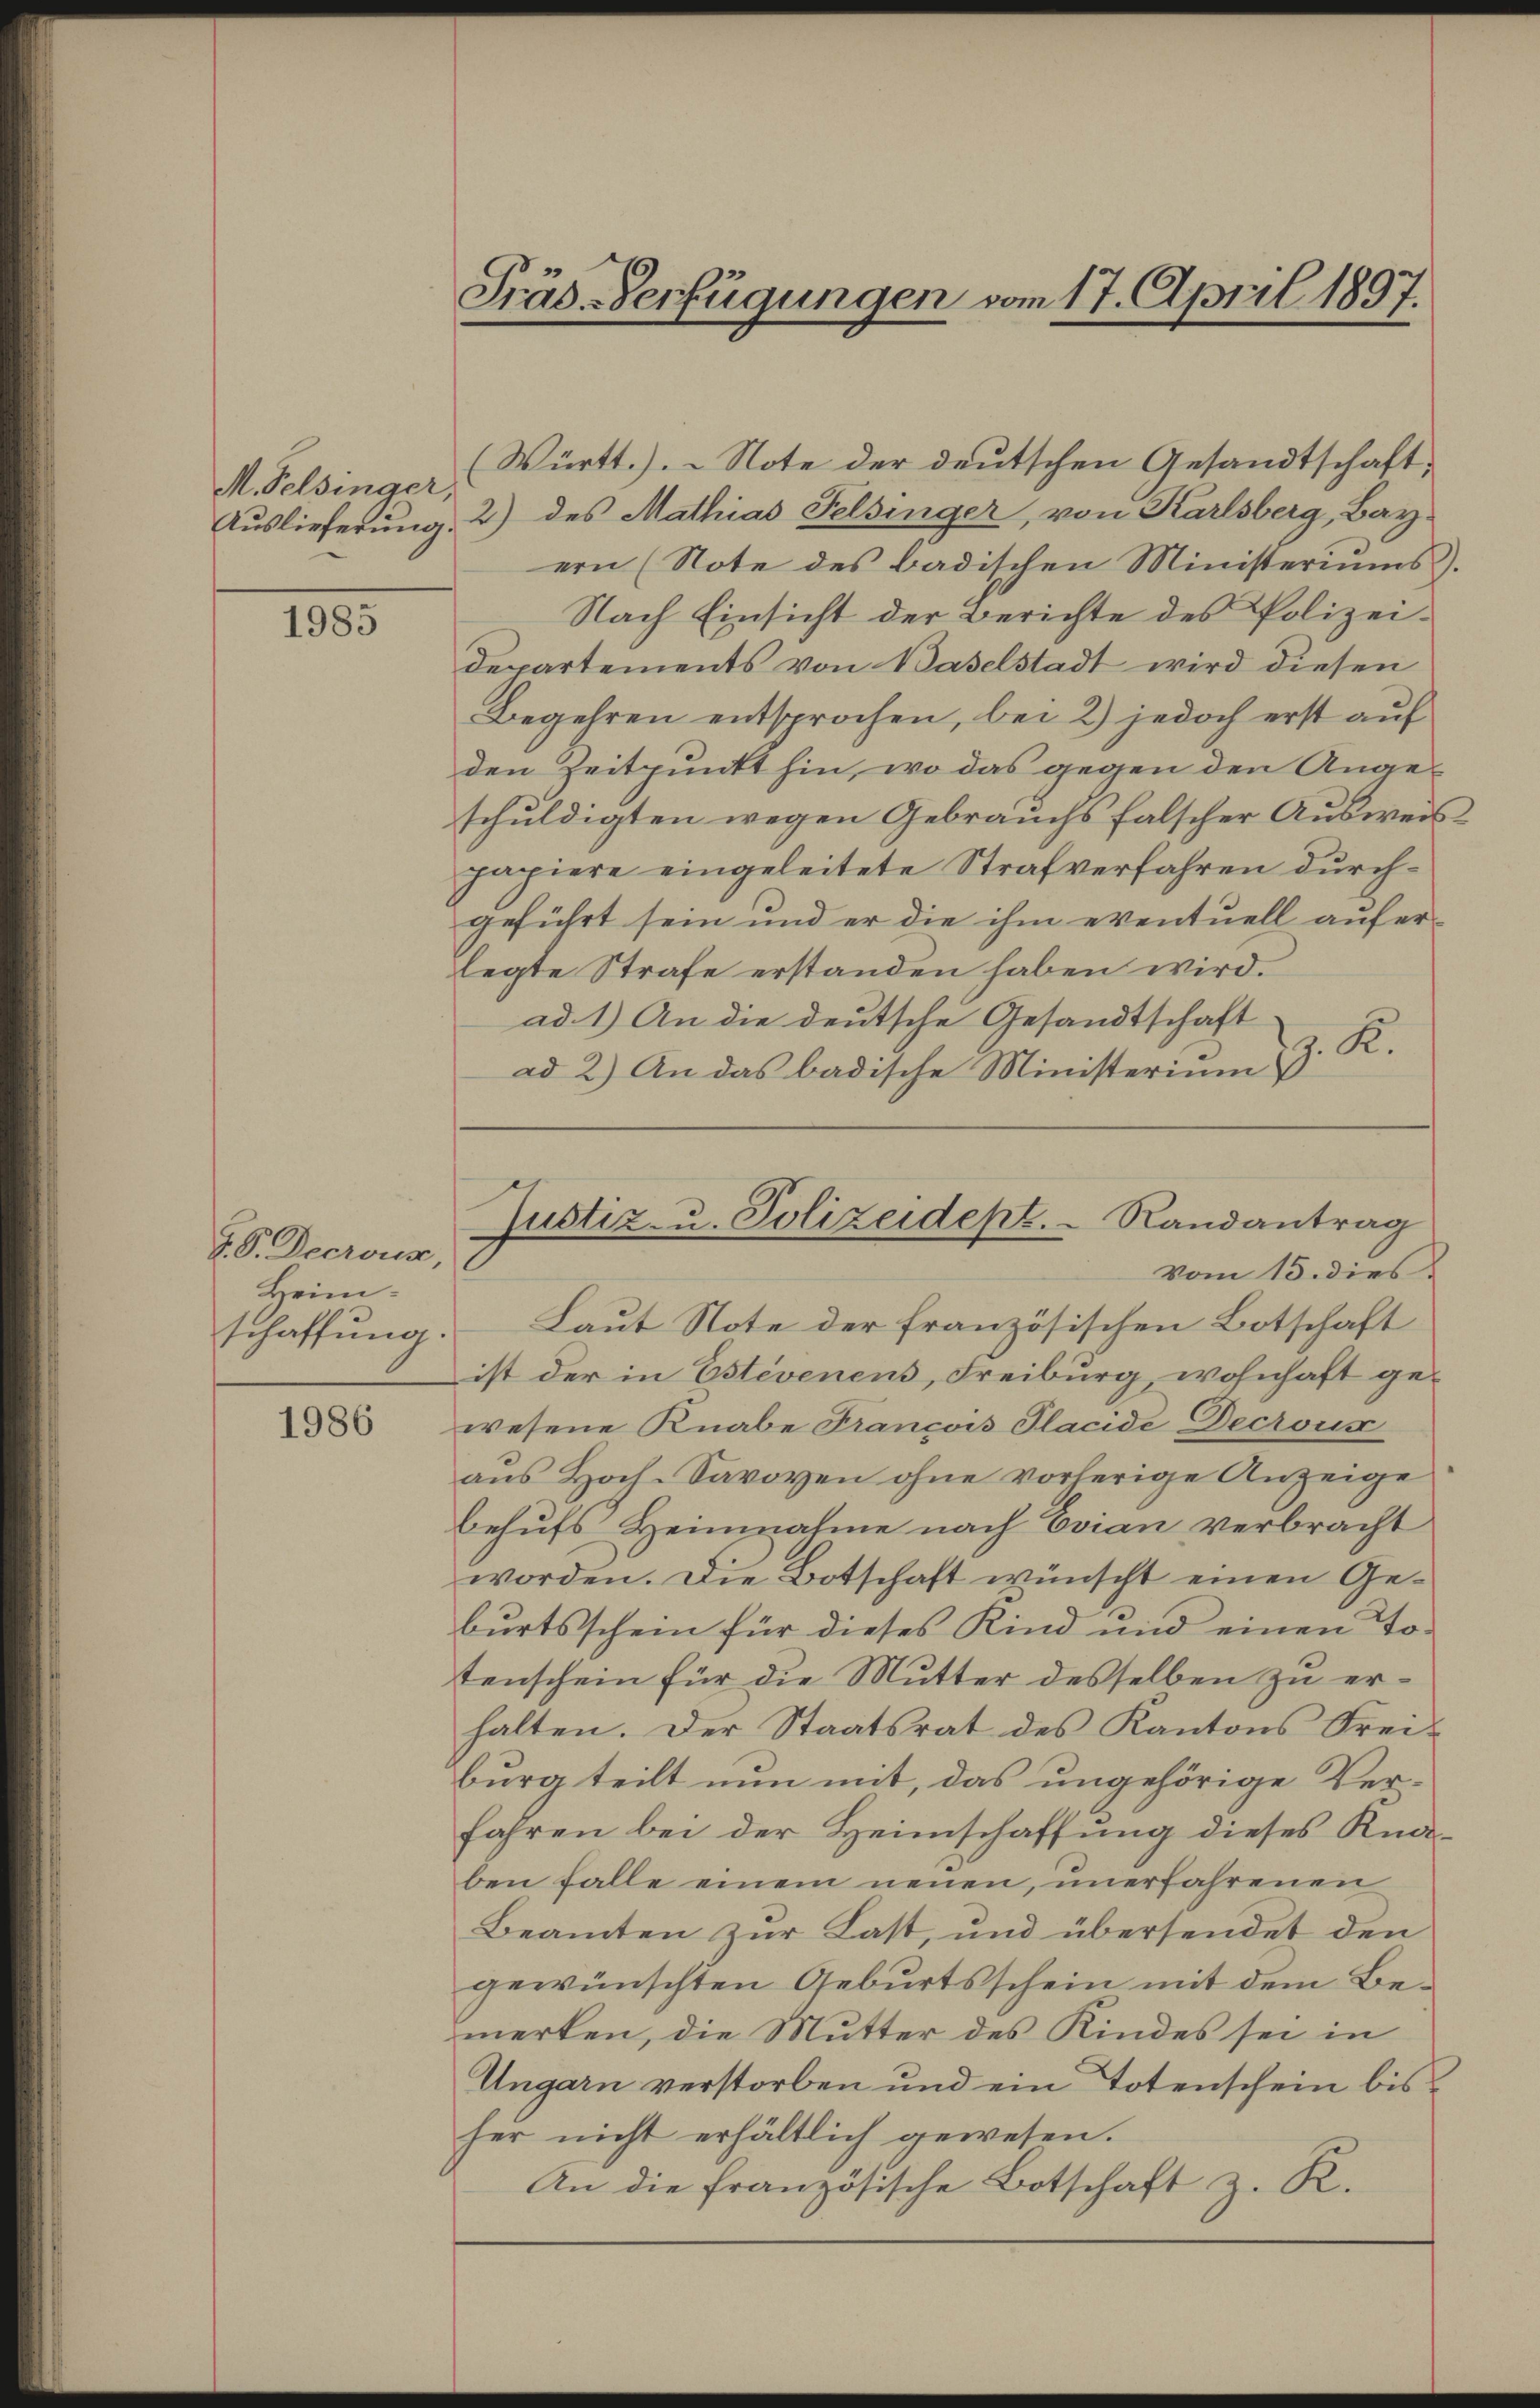
M. Pelsinger,

1985

J. V. Decrous,
Heim.

1986

Gräs-Verfügungen vom 17. April 1897.

(Württ.) Note der deutschen Gesandtschaft,
Auslieferung 2) des Mathias Felsinger, von Karlsberg, Bay-
ern (Note des badischen Ministeriums.
Nach Einsicht der Berichte des Polizei¬
Departements von Baselstadt wird diesen
Begehren entsprochen, bei 2) jedoch erst auf
den Zeitpunkt hin, wo das gegen den Angeschuldigten wegen Gebrauchs falscher Ausweis
papiere eingeleitete Strafverfahren durchgeführt sein und er die ihm eventuell aufer-
legte Strafe erstanden haben wird.
ad. 1.) An die deutsche Gesandtschaft
.K.
ad 2.) An das badische Ministerium

Justiz- u. Polizeidept. Randantrag
vom 15. dies

schaffung. Laut Note der französischen Botschaft
ist der in Estevenens, Freiburg, wohnhaft gewesene Knabe Francois Placide Decrois
aus Hoch-Savoyen ohne vorherige Anzeige
behufs Heinnahme nach Evian verbracht
worden. Die Botschaft wünscht einen Geburtsschein für dieses Kind und einen Totenschein für die Mutter desselben zu erhalten. Der Staatsrat des Kantons Freiburg teilt nun mit, das ungehörige Verfahren bei der Heimschaffung dieses Knaben falle einem neuen, unerfahrenen
Beamten zur Last, und übersendet den
gewünschten Geburtsschein mit dem Bemerken, die Mutter des Kindes sei in
Ungarn verstorben und ein Totenschein bis
her nicht erhältlich gewesen.
An die französische Botschaft z. R.